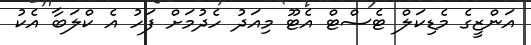
އަންޒީގެ މެޑިކަލް ޓެސްޓް އެޓޫ މިއަދު ހެދުމަށް ފަހު އެ ކްލަބާ އެކު